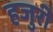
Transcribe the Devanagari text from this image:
हजुरी